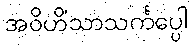
အဝိဟိံသာသင်္ကပ္ပေါ